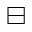
\boxminus